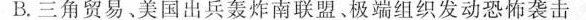
B.三角贸易、美国出兵轰炸南联盟、极端组织发动恐怖袭击